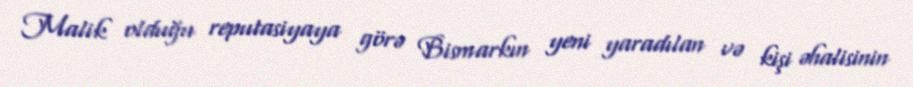
Malik olduğu reputasiyaya görə Bismarkın yeni yaradılan və kişi əhalisinin